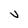
Character: V